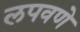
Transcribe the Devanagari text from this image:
लपवणे